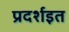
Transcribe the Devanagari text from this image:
प्रदर्शइत